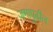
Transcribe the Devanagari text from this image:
जगापुढील